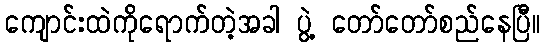
ကျောင်းထဲကိုရောက်တဲ့အခါ ပွဲ့ တော်တော်စည်နေပြီ။